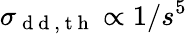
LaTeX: \sigma_{\mathrm{~d~d~,~t~h~}}\propto 1/s^{5}